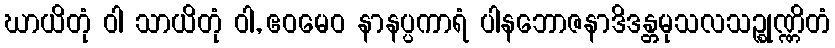
ဃာယိတုံ ဝါ သာယိတုံ ဝါ, ဧဝမေဝ နာနပ္ပကာရံ ပါနဘောဇနာဒိဒန္တမုသလသဉ္စုဏ္ဏိတံ